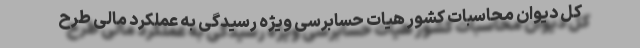
کل دیوان محاسبات کشور هیات حسابرسی ویژه رسیدگی به عملکرد مالی طرح